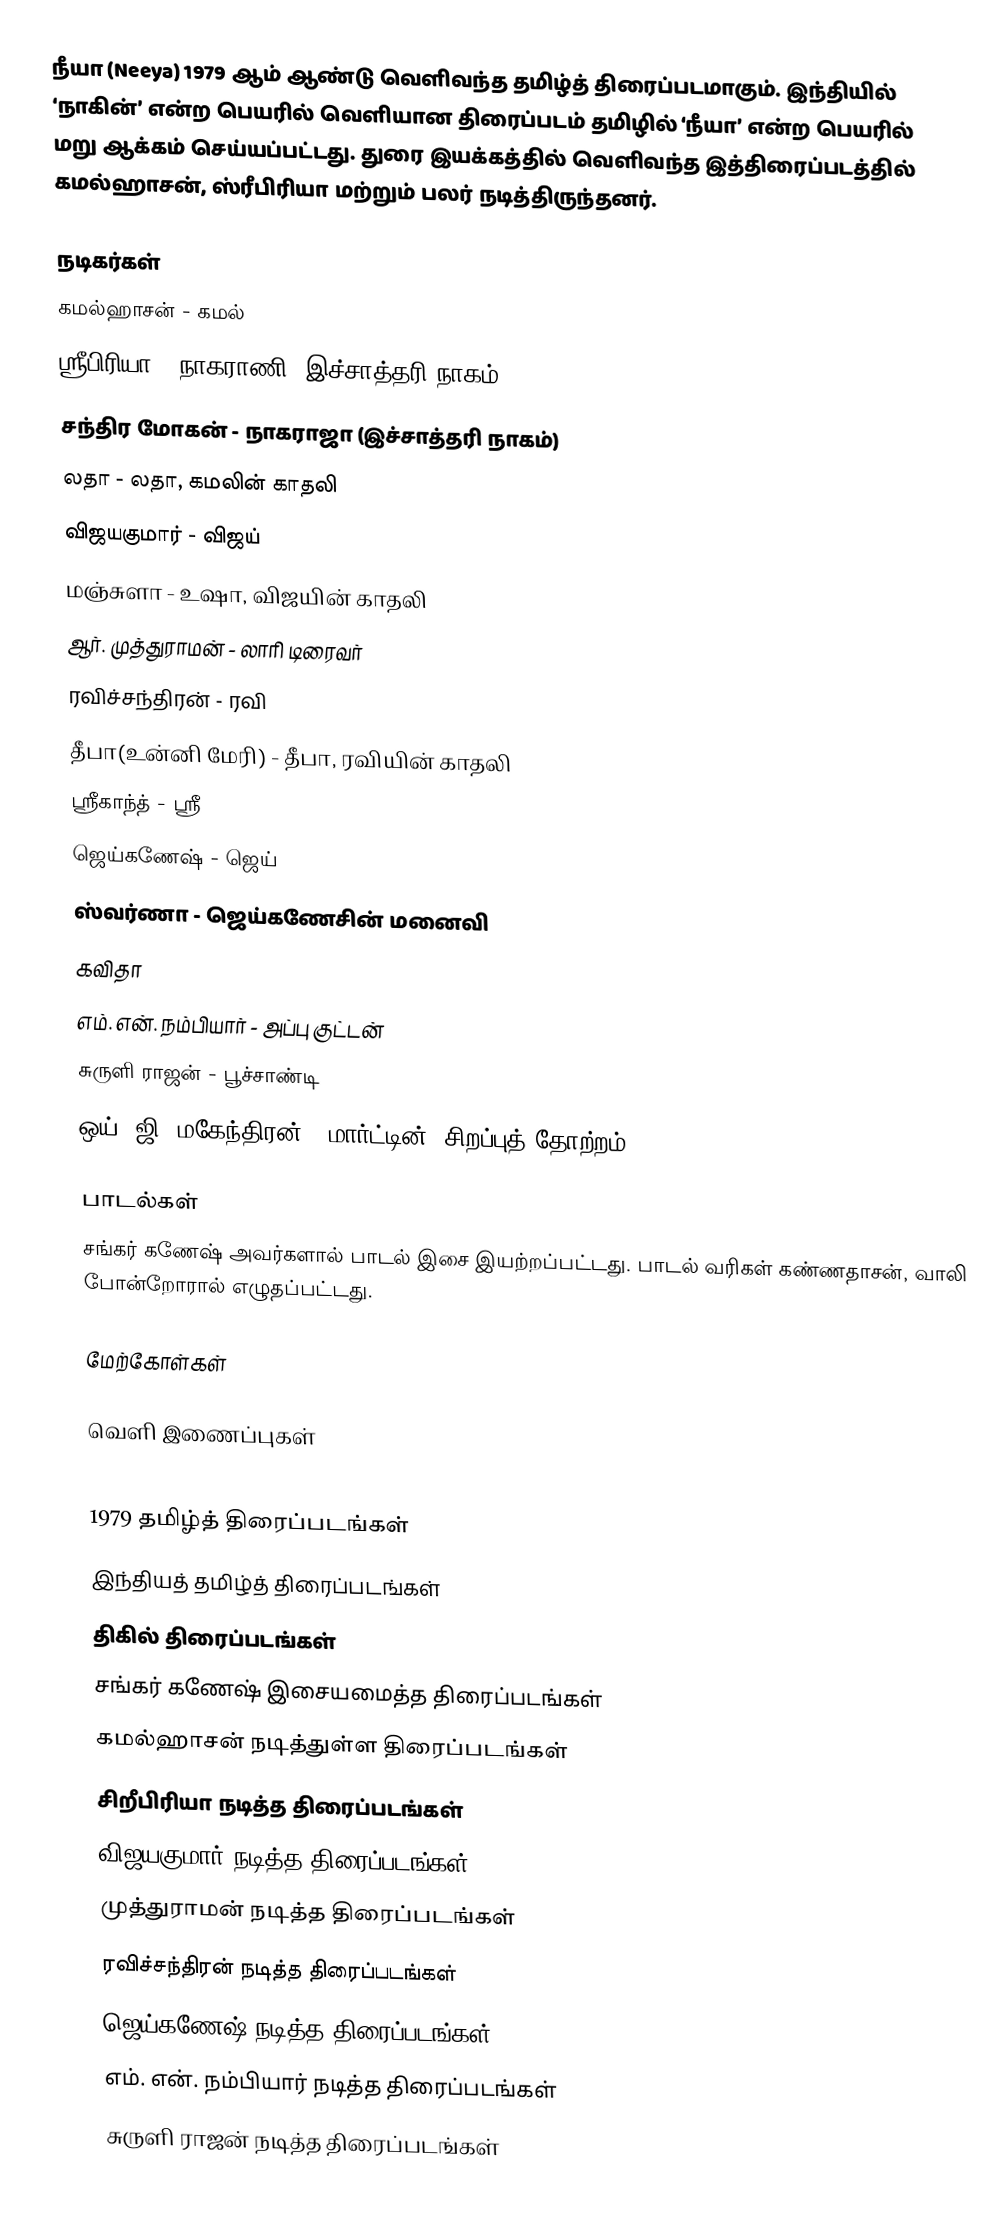
நீயா (Neeya) 1979 ஆம் ஆண்டு வெளிவந்த தமிழ்த் திரைப்படமாகும். இந்தியில் ‘நாகின்’ என்ற பெயரில் வெளியான திரைப்படம் தமிழில் ‘நீயா’ என்ற பெயரில் மறு ஆக்கம்  செய்யப்பட்டது. துரை இயக்கத்தில் வெளிவந்த இத்திரைப்படத்தில் கமல்ஹாசன், ஸ்ரீபிரியா மற்றும் பலர் நடித்திருந்தனர்.

நடிகர்கள்
 கமல்ஹாசன் - கமல்
 ஸ்ரீபிரியா - நாகராணி (இச்சாத்தரி நாகம்)
 சந்திர மோகன் - நாகராஜா (இச்சாத்தரி நாகம்)
 லதா - லதா, கமலின் காதலி
 விஜயகுமார் - விஜய்
 மஞ்சுளா - உஷா, விஜயின் காதலி
 ஆர். முத்துராமன் - லாரி டிரைவர்
 ரவிச்சந்திரன் - ரவி
  தீபா(உன்னி மேரி) - தீபா, ரவியின் காதலி
 ஸ்ரீகாந்த் - ஸ்ரீ
 ஜெய்கணேஷ் - ஜெய்
 ஸ்வர்ணா - ஜெய்கணேசின் மனைவி
 கவிதா
 எம். என். நம்பியார் - அப்பு குட்டன்
 சுருளி ராஜன் - பூச்சாண்டி
 ஒய். ஜி. மகேந்திரன் - மார்ட்டின் (சிறப்புத் தோற்றம் )

பாடல்கள்
சங்கர் கணேஷ் அவர்களால் பாடல் இசை இயற்றப்பட்டது. பாடல் வரிகள் கண்ணதாசன், வாலி போன்றோரால் எழுதப்பட்டது.

மேற்கோள்கள்

வெளி இணைப்புகள்

1979 தமிழ்த் திரைப்படங்கள்
இந்தியத் தமிழ்த் திரைப்படங்கள்
திகில் திரைப்படங்கள்
சங்கர் கணேஷ் இசையமைத்த திரைப்படங்கள்
கமல்ஹாசன் நடித்துள்ள திரைப்படங்கள்
சிறீபிரியா நடித்த திரைப்படங்கள்
விஜயகுமார் நடித்த திரைப்படங்கள்
முத்துராமன் நடித்த திரைப்படங்கள்
ரவிச்சந்திரன் நடித்த திரைப்படங்கள்
ஜெய்கணேஷ் நடித்த திரைப்படங்கள்
எம். என். நம்பியார் நடித்த திரைப்படங்கள்
சுருளி ராஜன் நடித்த திரைப்படங்கள்